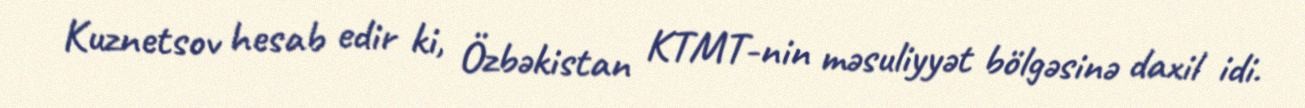
Kuznetsov hesab edir ki, Özbəkistan KTMT-nin məsuliyyət bölgəsinə daxil idi.